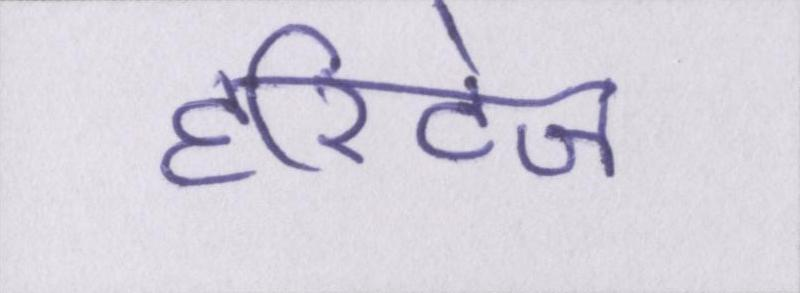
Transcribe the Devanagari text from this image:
हेरिटेज